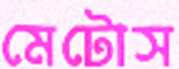
মেটোস